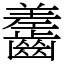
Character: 齹